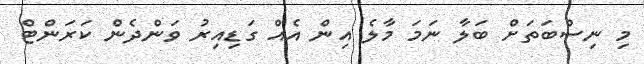
މި ނިސްބަތަށް ބަލާ ނަމަ މާލެ އިން އެއް ގަޑިއިރު ވަންދެން ކަރަންޓް